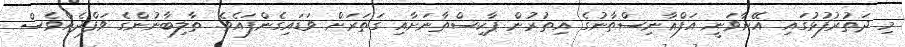
މި ދަތުރުފުޅުގައި އޭނާވަނީ އަފްޣާނިސްތާނުގެ އިތުރުން ޕާކިސްތާނަށާއި ގަތަރަށް ވަޑައިގެންފައެވެ. ތާލިބާނުންގެ ވަފްދެއްވެސް